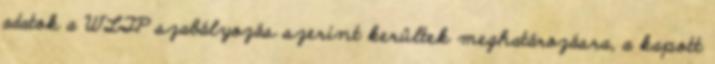
adatok a WLTP szabályozás szerint kerültek meghatározásra, a kapott